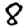
Digit: 8